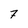
Character: 7